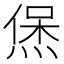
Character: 㷛